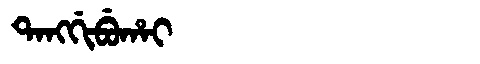
Manchu: ᡨᠠᠩᡤᡳᠪᡠᡥᠠᡳ
Romanization: TANGGIBUHAI